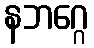
နဘဂ္ဂေ